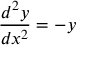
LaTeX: { \frac { d ^ { 2 } y } { d x ^ { 2 } } } = - y